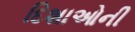
દિશાઓની